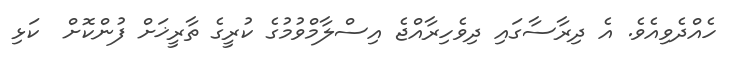
ހެއްދެވިއެވެ. އެ ދިރާސާގައި ދިވެހިރާއްޖެ އިސްލާމްވުމުގެ ކުރީގެ ތާރީޚަށް ފުންކޮށް  ކަޅި